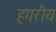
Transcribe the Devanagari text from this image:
हगरीय